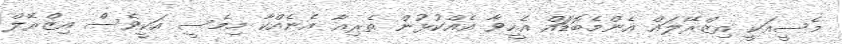
މެސީއަކީ އިޒްރޭލައް އެންމެބޮޑަައް އެހީވާ އެއްކުޅުން ތެރިއާ އެނެއްކާ މިމެސީ އަކީވެސް އިޒްރޭލް